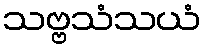
သဗ္ဗသံသယံ